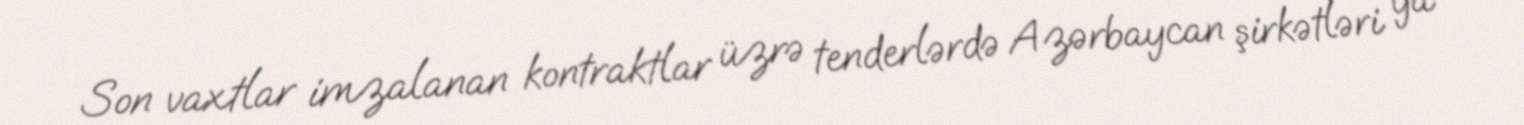
Son vaxtlar imzalanan kontraktlar üzrə tenderlərdə Azərbaycan şirkətləri ya